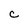
Character: C